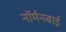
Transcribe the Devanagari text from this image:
नॉर्मनबाई